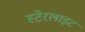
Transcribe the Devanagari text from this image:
स्टेरलाइट